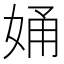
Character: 㛚